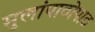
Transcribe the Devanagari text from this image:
मुलांपाठोपाठ